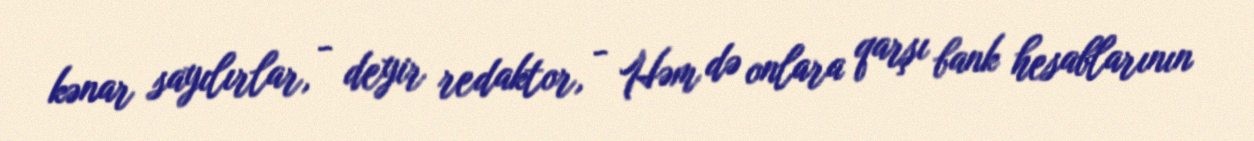
kənar sayılırlar, - deyir redaktor, - Həm də onlara qarşı bank hesablarının